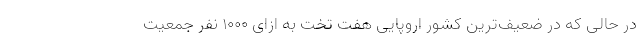
در حالی که در ضعیف‌ترین کشور اروپایی هفت تخت به ازای ۱۰۰۰ نفر جمعیت